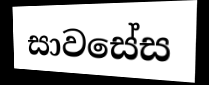
සාවසේස